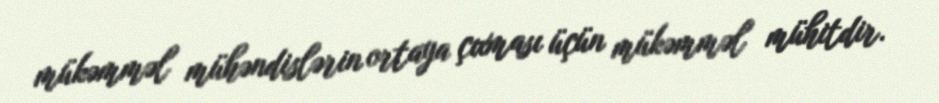
mükəmməl mühəndislərin ortaya çıxması üçün mükəmməl mühitdir.